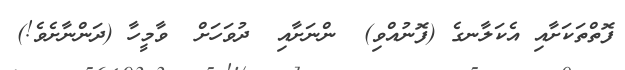
ފޮތްތަކަށާއި އެކަލާނގެ (ފޮނުއްވި)  ންނަށާއި  ދުވަހަށް  ވާމީހާ (ދަންނާށެވެ!)